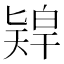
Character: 𠤨